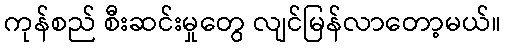
ကုန်စည် စီးဆင်းမှုတွေ လျင်မြန်လာတော့မယ်။